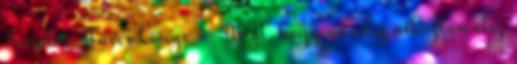
Sándor: Füves könyv – Arról, hogy mindig útközben élsz